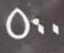
500